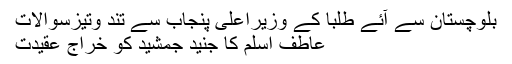
بلوچستان سے آئے طلبا کے وزیراعلیٰ پنجاب سے تند وتیزسوالات
عاطف اسلم کا جنید جمشید کو خراج عقیدت